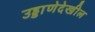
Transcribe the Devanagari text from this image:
उड्डाणेदेखील